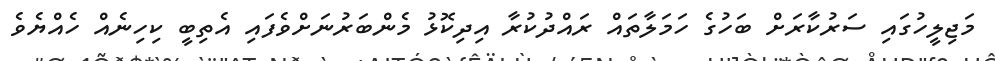
މަޖިލީހުގައި ސަރުކާރަށް ބަހުގެ ހަމަލާތައް ރައްދުކުރާ އިދިކޮޅު މެންބަރުނަށްވެފައި އެތިބީ ކިހިނެއް ހެއްޔެވެ